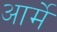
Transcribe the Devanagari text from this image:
आर्मे